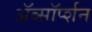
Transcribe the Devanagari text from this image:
ॲब्सॉर्प्शन